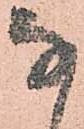
な